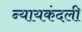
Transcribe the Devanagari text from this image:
न्यायकंदली